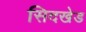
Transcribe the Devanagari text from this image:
सिदखेड